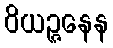
ဝိယဉ္ဇနေန